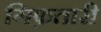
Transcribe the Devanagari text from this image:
गिफ़तारी